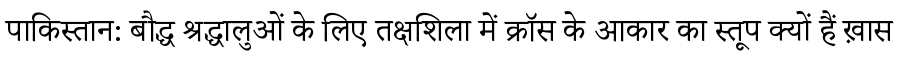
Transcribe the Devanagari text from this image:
पाकिस्तान: बौद्ध श्रद्धालुओं के लिए तक्षशिला में क्रॉस के आकार का स्तूप क्यों हैं ख़ास